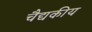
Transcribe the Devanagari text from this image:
चैद्यकीय